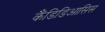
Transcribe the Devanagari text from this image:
कैंडिडिआसिस